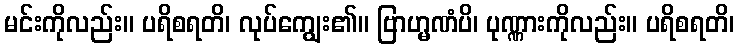
မင်းကိုလည်း။ ပရိစရတိ၊ လုပ်ကျွေး၏။ ဗြာဟ္မဏံပိ၊ ပုဏ္ဏားကိုလည်း။ ပရိစရတိ၊